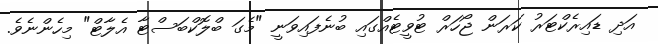
އަދި ޑައިރެކްޓަރު ކަރަން ޖޯހަރް ޓުވީޓެއްގައި ބުނެފައިވަނީ "މެގަ ބްލޮކްބަސްޓާ އެލާޓް" މިހެންނެވެ.